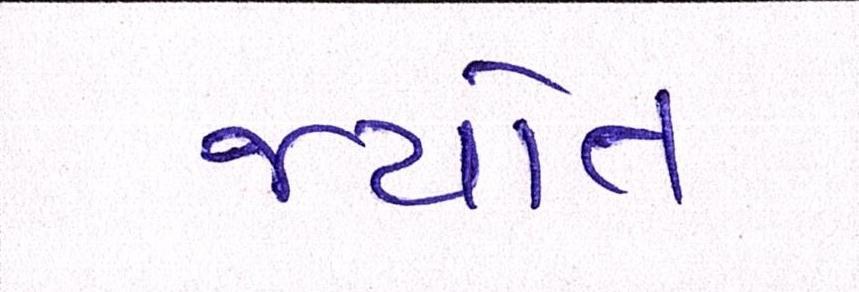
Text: જયોત